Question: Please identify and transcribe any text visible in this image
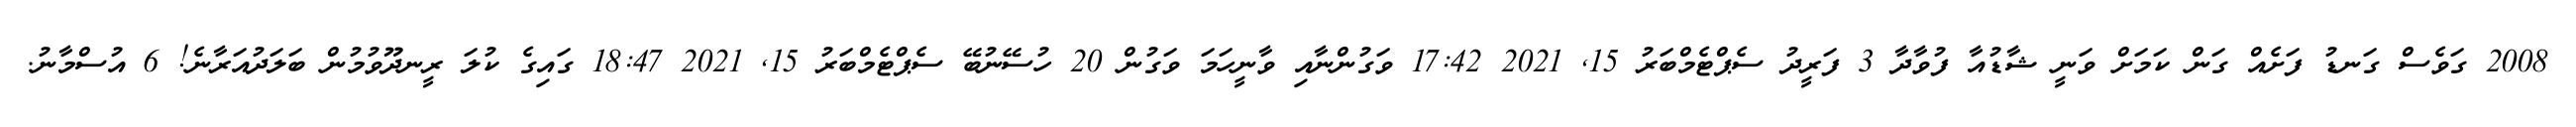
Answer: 2008 ގަވެސް ގަނޑު ފަށެއް ގަން ކަމަށް ވަނީ ޝާޑުއާ ފުވާދާ 3 ފަރީދު ސެޕްޓެމްބަރު 15, 2021 17:42 ވަގުންނާއި ވާނީހަމަ ވަގުން 20 ހުސޭނުބޭ ސެޕްޓެމްބަރު 15, 2021 18:47 ގައިގެ ކުލަ ރީނދޫވުމުން ބަލަދުއަރާނެ! 6 އުސްމާނު.